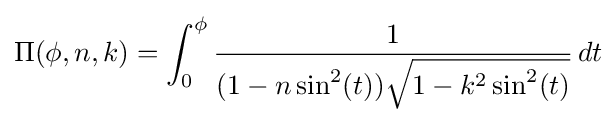
\Pi (\phi ,n,k)=\int _{0}^{\phi }{\frac {1}{(1-n\sin ^{2}(t)){\sqrt {1-k^{2}\sin ^{2}(t)}}}}\,dt